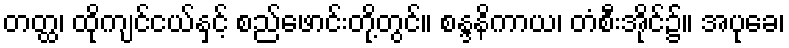
တတ္ထ၊ ထိုကျင်ငယ်နှင့် စည်ဖောင်းတို့တွင်။ စန္ဒနိကာယ၊ တံစီးအိုင်၌။ အပုခေ၊